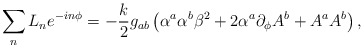
\begin{align*} \sum_n L_n e^{-in\phi} = -{k\over 2}g_{ab}\left(\alpha^a\alpha^b \beta^2 + 2\alpha^a\partial_\phi A^b + A^a A^b\right),\end{align*}